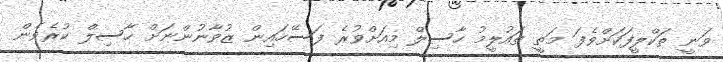
ވަނީ ތަކްލީފަކަށްވެފަ މަތީ ތައުލީމު ހާސިލް މިއަށްވުރެ ފަސޭހައިން ޒުވާނުންނަށް ހާސިލް ކުރެވެން